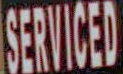
SERVICED